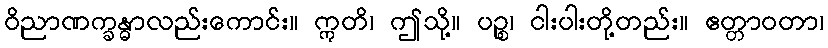
ဝိညာဏက္ခန္ဓာလည်းကောင်း။ ဣတိ၊ ဤသို့။ ပဉ္စ၊ ငါးပါးတို့တည်း။ ဧတ္တာဝတာ၊